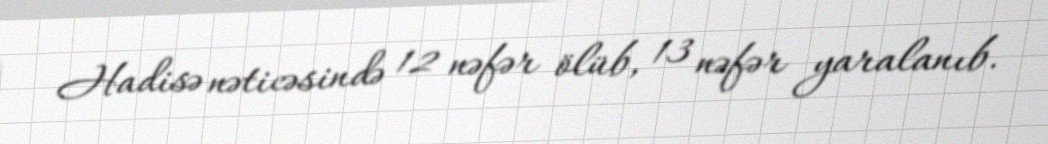
Hadisə nəticəsində 12 nəfər ölüb, 13 nəfər yaralanıb.